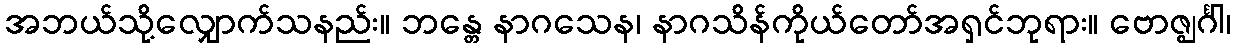
အဘယ်သို့လျှောက်သနည်း။ ဘန္တေ နာဂသေန၊ နာဂသိန်ကိုယ်တော်အရှင်ဘုရား။ ဗောဇ္ဈင်္ဂါ၊